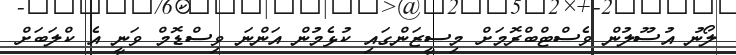
ލޯނު އުސޫލުން ވެސްޓްބްރޮމަށް މިސީޒަންގައި ކުޅެމުން އަންނަ ވިސްޑޮމް ވަނީ އެ ކްލަބަށް